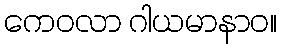
ကေဝလာ ဂါယမာနာဝ။